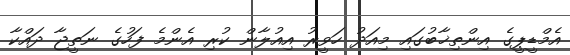
އެމްޑީޕީގެ އިންތިޚާބުގައި މިއަދު ހަވީރު އިއުލާން ކުރި އެންމެ ފަހުގެ ނަތީޖާ ދައްކާ